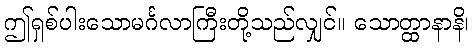
ဤရှစ်ပါးသောမင်္ဂလာကြီးတို့သည်လျှင်။ သောတ္ထာနာနိ၊